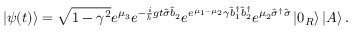
\left\vert \psi ( t ) \right\rangle = \sqrt { 1 - \gamma ^ { 2 } } e ^ { \mu _ { 3 } } e ^ { - \frac { i } { \hslash } g t \hat { \sigma } \hat { b } _ { 2 } } e ^ { e ^ { \mu _ { 1 } - \mu _ { 2 } } \gamma \hat { b } _ { 1 } ^ { \dagger } \hat { b } _ { 2 } ^ { \dagger } } e ^ { \mu _ { 2 } \hat { \sigma } ^ { \dagger } \hat { \sigma } } \left\vert 0 _ { R } \right\rangle \left\vert A \right\rangle .